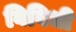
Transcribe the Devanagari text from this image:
विविधी